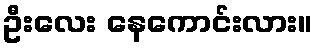
ဦးလေး နေကောင်းလား။